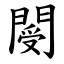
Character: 閿